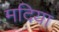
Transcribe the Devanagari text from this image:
मदिया